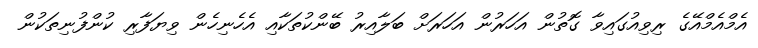
އެމްއެމްއޭގެ ރިވިއުގައިވާ ގޮތުން އަހަރުން އަހަރަށް ބަލާއިރު ބޭންކުތަކާއި އެހެނިހެން ވިޔަފާރި ކުންފުނިތަކުން